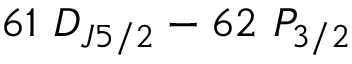
6 1 ~ D _ { J 5 / 2 } - 6 2 ~ P _ { 3 / 2 }